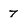
Character: 7